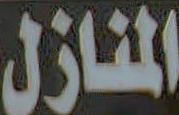
المنازل